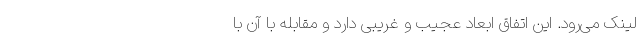
لینک می‌رود. این اتفاق ابعاد عجیب و غریبی دارد و مقابله با آن با